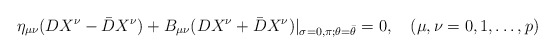
\begin{align*}\eta _{\mu \nu }(DX^\nu - \bar{D}X^\nu)+B_{\mu \nu }(DX^\nu + \bar{D}X^\nu)|_{\sigma =0,\pi ; \theta=\bar{\theta }}=0, \quad (\mu ,\nu = 0,1,\ldots ,p)\end{align*}